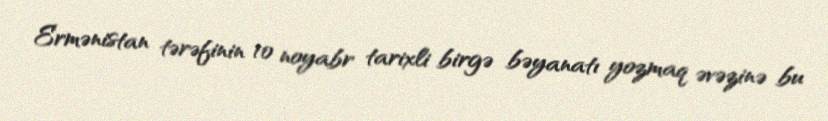
Ermənistan tərəfinin 10 noyabr tarixli birgə bəyanatı yozmaq əvəzinə bu